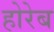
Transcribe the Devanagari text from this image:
होरेब